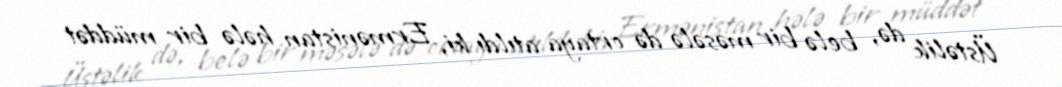
Üstəlik də, belə bir məsələ də ortaya atıldı ki, Ermənistan hələ bir müddət